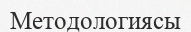
Методологиясы